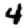
Digit: 4